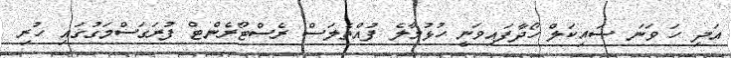
އަދި ހަ ވަނަ ސައިކަލް ހޯދާފައިވަނީ ހުޅުމާލެ ފުއްތެލަސް ރެސްޓޯރެންޓް ފުރަގަސްމަގުގައި ހުރި